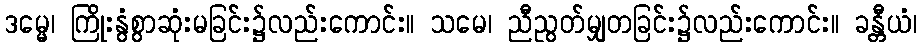
ဒမ္မေ၊ ကြိုးနွံစွာဆုံးမခြင်း၌လည်းကောင်း။ သမေ၊ ညီညွတ်မျှတခြင်း၌လည်းကောင်း။ ခန္တီယံ၊